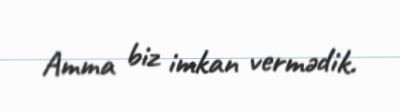
Amma biz imkan vermədik.